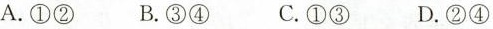
A. ①② B. ③④ C. ①③ D. ②④